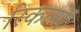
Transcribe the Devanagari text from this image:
रिकल्‍में